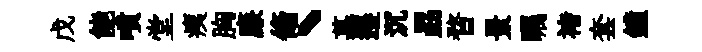
戊能噴堂痍胸廉翛丶慕遷沉勗瞀景瞩褚套鐘